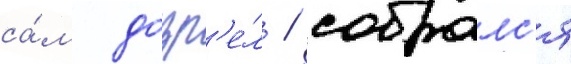
са́м дозр'е́л / собралс'я